Leaving Certificate Examination (including Day School Certificate (Higher) General paper), 1939
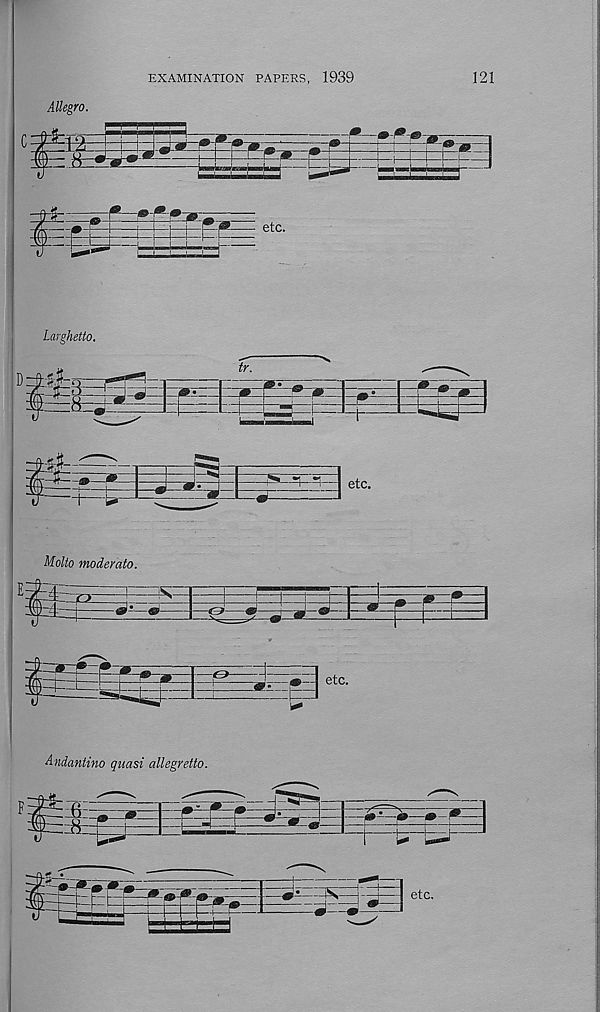
EXAMINATION PAPERS, 1939
121
Allegro.
Molto moderato.
Andantino quasi allegretto.